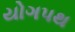
યોગપથ